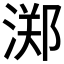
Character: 𱧛